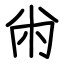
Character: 㡀